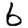
Digit: 6